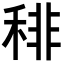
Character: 𥟍